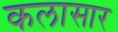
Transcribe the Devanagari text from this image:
कलासार